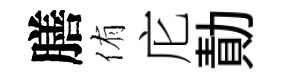
膳侑庀勣